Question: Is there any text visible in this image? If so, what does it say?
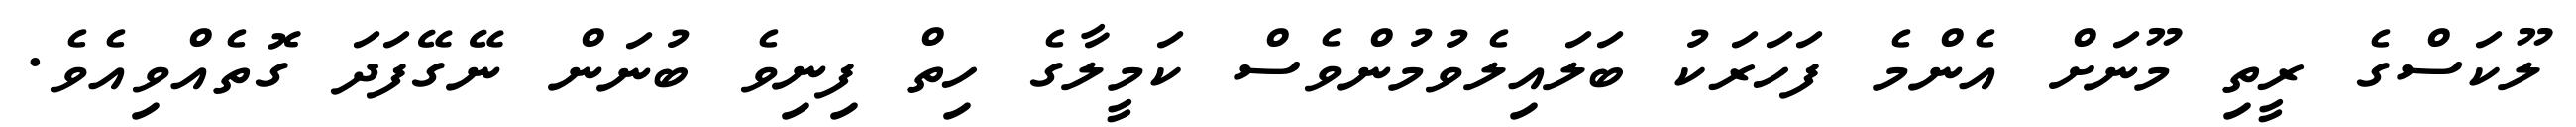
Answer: ލޫކަސްގެ ރީތި މޫނަށް އެންމެ ފަހަރަކު ބަލައިލެވުމުންވެސް ކަމީލާގެ ހިތް ފިނިވެ ބުނަން ނޭގޭފަދަ ގޮތެއްވިއެވެ.